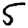
Digit: 5